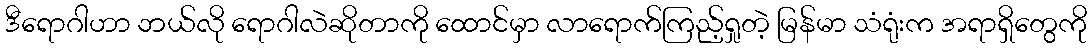
ဒီရောဂါဟာ ဘယ်လို ရောဂါလဲဆိုတာကို ထောင်မှာ လာရောက်ကြည့်ရှုတဲ့ မြန်မာ သံရုံးက အရာရှိတွေကို